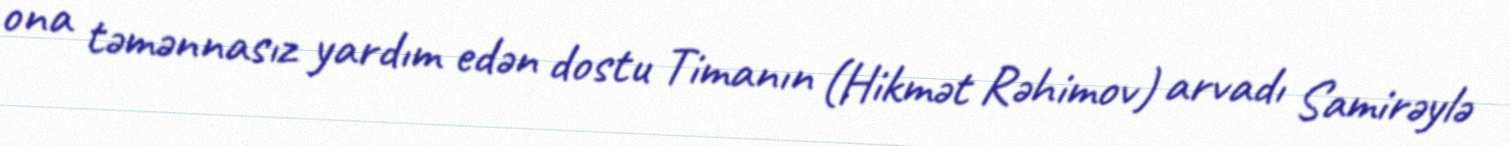
ona təmənnasız yardım edən dostu Timanın (Hikmət Rəhimov) arvadı Samirəylə